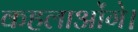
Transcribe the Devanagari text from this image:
कहलाओंगे।